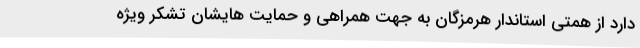
دارد از همتی استاندار هرمزگان به جهت همراهی و حمایت هایشان تشکر ویژه